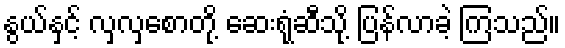
နွယ်နှင့် လှလှစောတို့ ဆေးရုံဆီသို့ ပြန်လာခဲ့ ကြသည်။